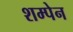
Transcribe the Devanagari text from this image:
शम्पेन